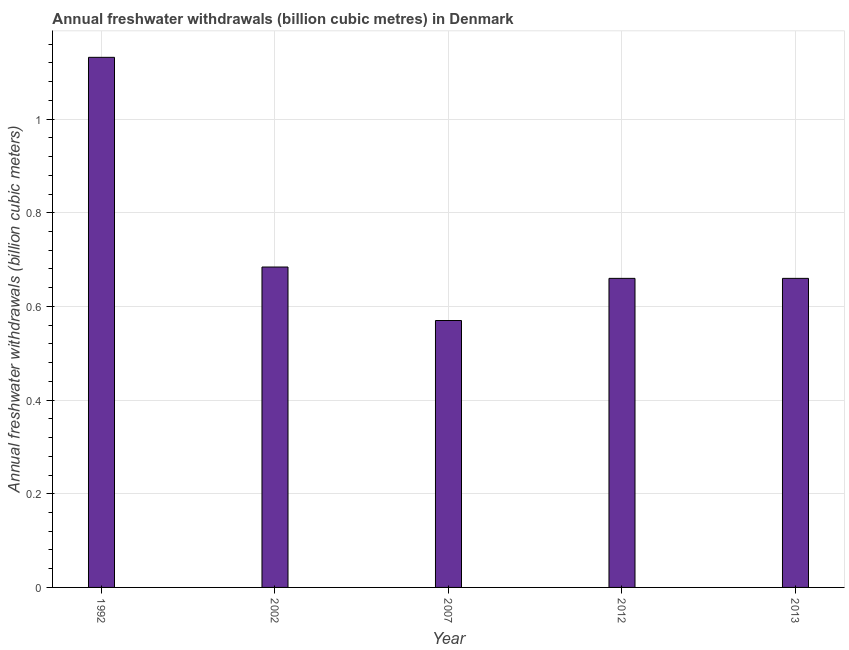
| Year | Annual freshwater withdrawals |
 | --- | --- |
 | 1992 | 1.13 |
 | 2002 | 0.684 |
 | 2007 | 0.57 |
 | 2012 | 0.66 |
 | 2013 | 0.66 |